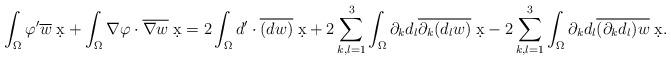
LaTeX: \begin{align*} \int_{\Omega} \varphi^{\prime} \overline{w} \; \d x + \int_{\Omega} \nabla \varphi \cdot \overline{\nabla w} \; \d x = 2 \int_{\Omega} d^{\prime} \cdot \overline{(d w)} \; \d x + 2 \sum_{k , l = 1}^3 \int_{\Omega} \partial_k d_l \overline{\partial_k (d_l w)} \; \d x - 2 \sum_{k , l = 1}^3 \int_{\Omega} \partial_k d_l \overline{(\partial_k d_l) w} \; \d x.\end{align*}